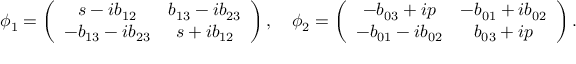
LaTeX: \phi _ { 1 } = \left( \begin{array} { c c } { { s - i b _ { 1 2 } } } & { { b _ { 1 3 } - i b _ { 2 3 } } } \\ { { - b _ { 1 3 } - i b _ { 2 3 } } } & { { s + i b _ { 1 2 } } } \end{array} \right) , \quad \phi _ { 2 } = \left( \begin{array} { c c } { { - b _ { 0 3 } + i p } } & { { - b _ { 0 1 } + i b _ { 0 2 } } } \\ { { - b _ { 0 1 } - i b _ { 0 2 } } } & { { b _ { 0 3 } + i p } } \end{array} \right) .